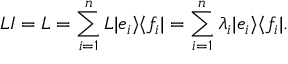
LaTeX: L I = L = \sum _ { i = 1 } ^ { n } L | e _ { i } \rangle \langle f _ { i } | = \sum _ { i = 1 } ^ { n } \lambda _ { i } | e _ { i } \rangle \langle f _ { i } | .